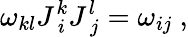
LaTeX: \omega_{kl}J_{\ i}^{k}J_{\ j}^{l}=\omega_{ij}\ ,